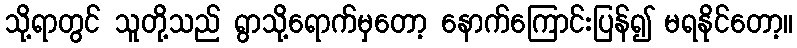
သို့ရာတွင် သူတို့သည် ရွာသို့ရောက်မှတော့ နောက်ကြောင်းပြန်၍ မရနိုင်တော့။